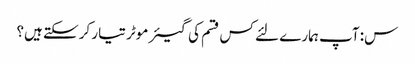
س: آپ ہمارے لئے کس قسم کی گیئر موٹر تیار کرسکتے ہیں؟